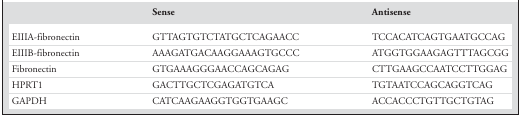
|  | Sense | Antisense |
 | --- | --- | --- |
 | EIIIA‐fibronectin | GTTAGTGTCTATGCTCAGAACC | TCCACATCAGTGAATGCCAG |
 | EIIIB‐fibronectin | AAAGATGACAAGGAAAGTGCCC | ATGGTGGAAGAGTTTAGCGG |
 | Fibronectin | GTGAAAGGGAACCAGCAGAG | CTTGAAGCCAATCCTTGGAG |
 | HPRT1 | GACTTGCTCGAGATGTCA | TGTAATCCAGCAGGTCAG |
 | GAPDH | CATCAAGAAGGTGGTGAAGC | ACCACCCTGTTGCTGTAG |